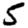
Digit: 5